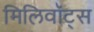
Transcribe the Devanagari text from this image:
मिलिवॉट्स